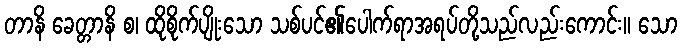
တာနိ ခေတ္တာနိ စ၊ ထိုစိုက်ပျိုးသော သစ်ပင်၏ပေါက်ရာအရပ်တို့သည်လည်းကောင်း။ သော